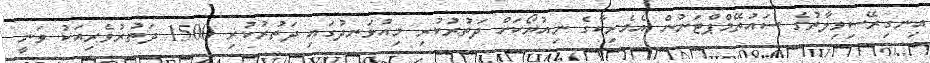
އިނގިރޭސިވިލާތުގެ ސައުތޭމްޕްޓަނުން އެމެރިކާގެ ނިއުޔޯކަށް ދަތުރުކުރި މިއުޅަނދުގައި ދަތުރުކުރި 1500 ދަތުރުވެރިއަކު ވަނީ